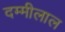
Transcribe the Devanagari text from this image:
दम्मीलाल